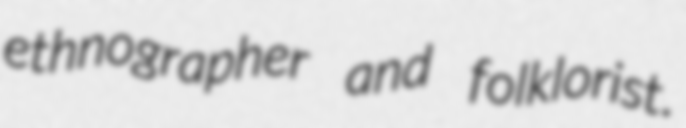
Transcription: ethnographer and folklorist.